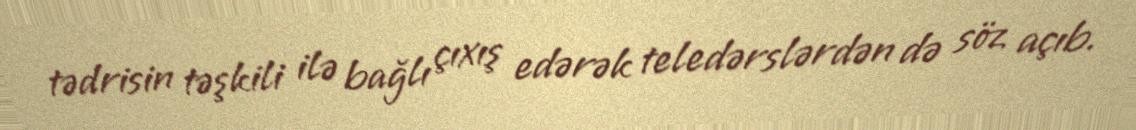
tədrisin təşkili ilə bağlı çıxış edərək teledərslərdən də söz açıb.